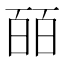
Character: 皕